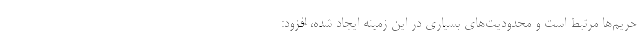
حریم‌ها مرتبط است و محدودیت‌های بسیاری در این زمینه ایجاد شده، افزود: